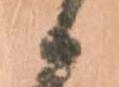
候